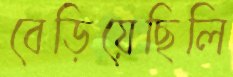
বেড়িয়েছিলি